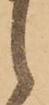
之